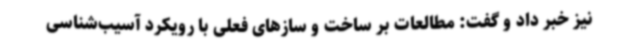
نیز خبر داد و گفت: مطالعات بر ساخت و سازهای فعلی با رویکرد آسیب‌شناسی